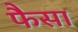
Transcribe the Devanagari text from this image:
फैसा